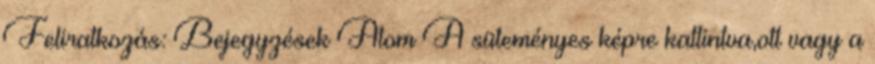
Feliratkozás: Bejegyzések Atom A süteményes képre kattintva,ott vagy a